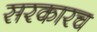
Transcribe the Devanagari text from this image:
सरकारच